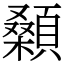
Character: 顙